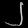
Digit: ၂